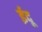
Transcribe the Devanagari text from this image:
ईदू